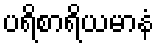
ပရိစာရိယမာနံ